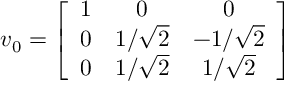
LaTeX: v _ { 0 } = \left[ \begin{array} { c c c } { { 1 } } & { { 0 } } & { { 0 } } \\ { { 0 } } & { { 1 / \sqrt { 2 } } } & { { - 1 / \sqrt { 2 } } } \\ { { 0 } } & { { 1 / \sqrt { 2 } } } & { { 1 / \sqrt { 2 } } } \end{array} \right]